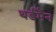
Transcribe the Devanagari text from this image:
थर्डमैन